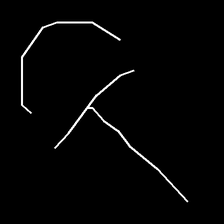
Glyph: dispersion